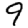
Digit: 9